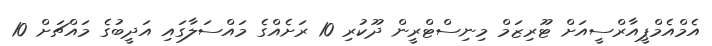
އެމްއެމްޕީއާރްސީއަށް ޓޫރިޒަމް މިނިސްޓްރީން ދޫކުރި 10 ރަށެއްގެ މައްސަލާގައި އަދީބުގެ މައްޗަށް 10